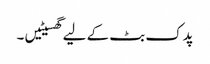
پدک بٹ کے لیے گھسیٹیں ۔